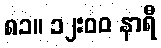
၈၁။ ၁၂:၀၀ နာရီ